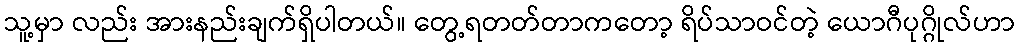
သူ့မှာ လည်း အားနည်းချက်ရှိပါတယ်။ တွေ့ရတတ်တာကတော့ ရိပ်သာဝင်တဲ့ ယောဂီပုဂ္ဂိုလ်ဟာ